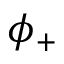
\phi _ { + }